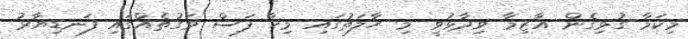
މިިކަމާ ގުޅިގެން އާޒިމާ ވިދާޅުވީ މި ހާލަތުގައި މިހާ ފަސް ވަގުތެއްގައި ފަނޑިޔާރު